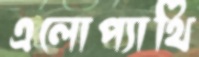
এলোপ্যাথি